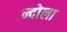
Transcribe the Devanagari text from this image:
न्दोला